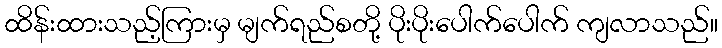
ထိန်းထားသည့်ကြားမှ မျက်ရည်စတို့ ပိုးပိုးပေါက်ပေါက် ကျလာသည်။